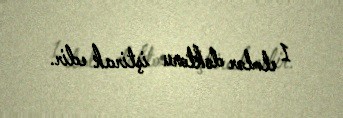
1 elmlər doktoru iştirak edir.